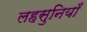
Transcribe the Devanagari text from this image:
लहसुनियाँ